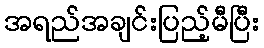
အရည်အချင်းပြည့်မီပြီး